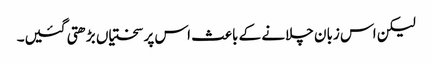
لیکن اس زبان چلانے کے باعث اس پر سختیاں بڑھتی گئیں۔